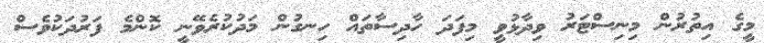
މީގެ އިތުރުން މިނިސްޓަރު ވިދާޅުވީ މިފަދަ ހާދިސާތައް ހިނގުން މަދުކުރެވޭނީ ކޮންމެ ފަރުދަކުވެސް